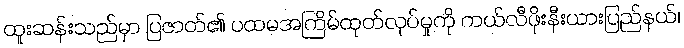
ထူးဆန်းသည်မှာ ပြဇာတ်၏ ပထမအကြိမ်ထုတ်လုပ်မှုကို ကယ်လီဖိုးနီးယားပြည်နယ်၊